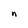
Character: n